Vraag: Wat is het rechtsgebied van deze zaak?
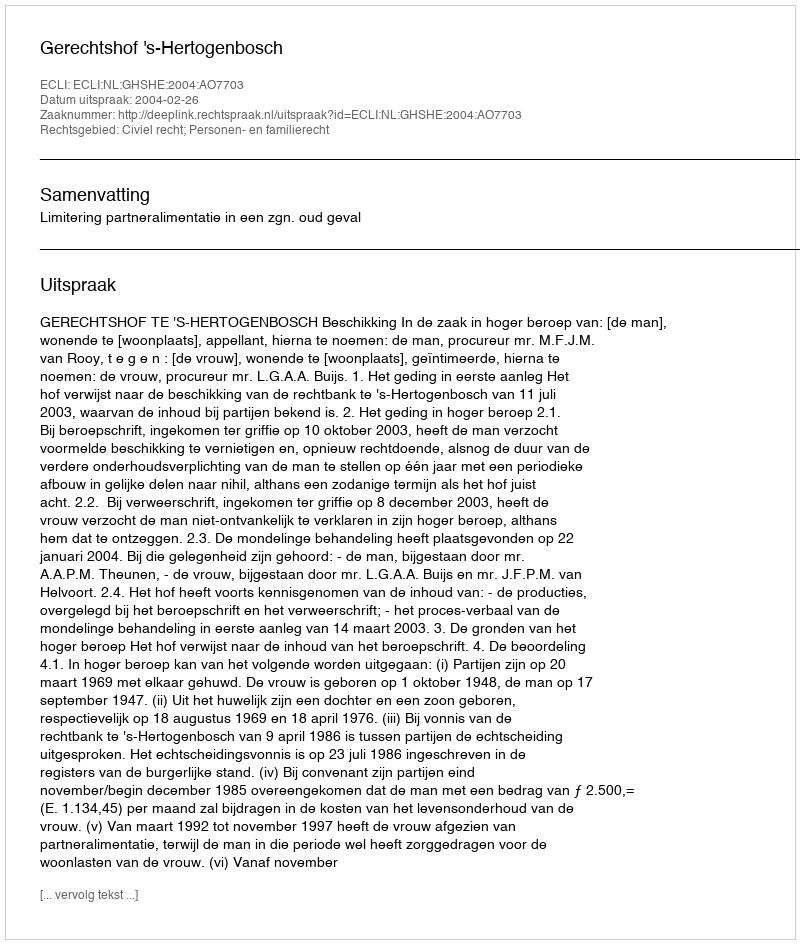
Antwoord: Civiel recht; Personen- en familierecht